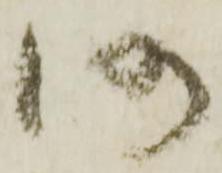
仍